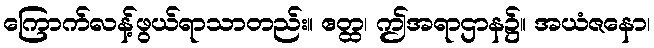
ကြောက်လန့်ဖွယ်ရာသာတည်း။ ဧတ္ထ၊ ဤအရာဌာန၌။ အယံဇနော၊